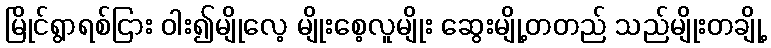
မြိုင်ရွာရစ်ငြား ဝါး၍မျိုလေ့ မျိုးစေ့လူမျိုး ဆွေးမျို့တတည် သည်မျိုးတချို့